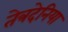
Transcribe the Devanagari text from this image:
तेत्रदेनिया